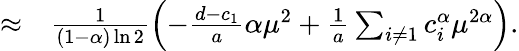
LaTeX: \begin{array}{rl}{\approx}&{{}\frac{1}{(1-\alpha)\ln{2}}\left(-\frac{d-c_{1}}{a}\alpha\mu^{2}+\frac{1}{a}\sum_{i\neq 1}c_{i}^{\alpha}\mu^{2\alpha}\right).}\end{array}